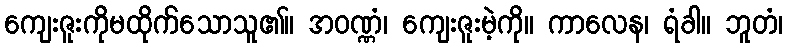
ကျေးဇူးကိုမထိုက်သောသူ၏။ အဝဏ္ဏံ၊ ကျေးဇူးမဲ့ကို။ ကာလေန၊ ရံခါ။ ဘူတံ၊